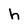
Character: h